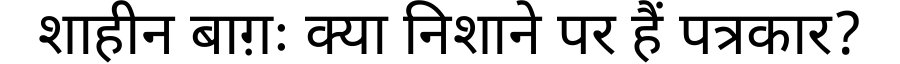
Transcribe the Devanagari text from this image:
शाहीन बाग़ः क्या निशाने पर हैं पत्रकार?